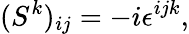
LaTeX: (S^{k})_{ij}=-i\epsilon^{ijk},